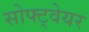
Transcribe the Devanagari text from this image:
सोफ्ट्वेयर